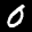
Label: 0